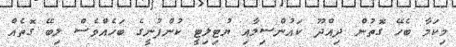
މިކަމާ ބެހޭ ގޮތުން ދިއްދޫ ކައުންސިލާއި ޔުޓިލިޓީ ކުންފުނީގެ ބަހެއްވެސް ލިބޭ ގޮތެއް